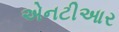
એનટીઆર